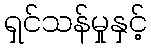
ရှင်သန်မှုနှင့်